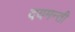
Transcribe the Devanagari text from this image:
दयमन्ती